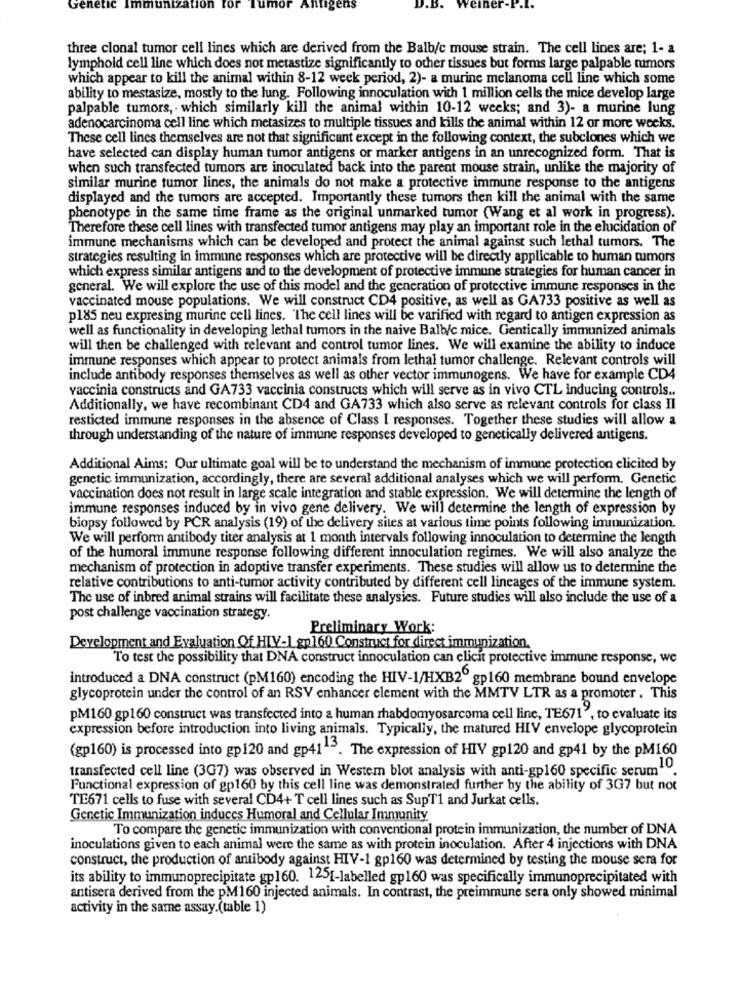
Genetic Im
niza
ion
tor
Weiner-P.I.
three clonal tumor cell lines which are derived from the Balb/c mouse strain. The cell lines are; 1- a
lymphold cell line which does not metastize significantly to other tissues but forms large palpable tumors
which appear to kill the animal within 8-12 week period, 2)- a murine melanoma cell line which some
ability to mestasize, mostly to the lung. Following innoculation with 1 million cells the mice develop large
palpable tumors, . which similarly kill the animal within 10-12 weeks; and 3)- a murine lung
adenocarcinoma cell line which metasizes to multiple tissues and kills the animal within 12 or more weeks.
These cell lines themselves are not that significant except in the following context, the subclones which we
have selected can display human tumor antigens or marker antigens in an unrecognized form. That is
when such transfected tumors are inoculated back into the parent mouse strain, unlike the majority of
similar murine tumor lines, the animals do not make a protective immune response to the antigens
displayed and the tumors are accepted. Importantly these tumors then kill the animal with the same
phenotype in the same time frame as the original unmarked tumor (Wang et al work in progress).
Therefore these cell lines with transfected tumor antigens may play an important role in the elucidation of
immune mechanisms which can be developed and protect the animal against such lethal tumors. The
strategies resulting in immune responses which are protective will be directly applicable to human tumors
which express similar antigens and to the development of protective immune strategies for human cancer in
general. We will explore the use of this model and the generation of protective immune responses in the
vaccinated mouse populations. We will construct CD4 positive, as well as GA733 positive as well as
p185 neu expresing murine cell lines. The cell lines will be varified with regard to antigen expression as
well as functionality in developing lethal tumors in the naive Balb/c mice. Gentically immunized animals
will then be challenged with relevant and control tumor lines. We will examine the ability to induce
immune responses which appear to protect animals from lethal tumor challenge. Relevant controls will
include antibody responses themselves as well as other vector immunogens. We have for example CD4
vaccinia constructs and GA733 vaccinia constructs which will serve as in vivo CTL inducing controls ..
Additionally, we have recombinant CD4 and GA733 which also serve as relevant controls for class II
resticted immune responses in the absence of Class I responses. Together these studies will allow a
through understanding of the nature of immune responses developed to genetically delivered antigens.
Additional Aims: Our ultimate goal will be to understand the mechanism of immune protection elicited by
genetic immunization, accordingly, there are several additional analyses which we will perform. Genetic
vaccination does not result in large scale integration and stable expression. We will determine the length of
immune responses induced by in vivo gene delivery. We will determine the length of expression by
biopsy followed by PCR analysis (19) of the delivery sites at various time points following immunization.
We will perform antibody titer analysis at 1 month intervals following innoculation to determine the length
of the humoral immune response following different innoculation regimes. We will also analyze the
mechanism of protection in adoptive transfer experiments. These studies will allow us to determine the
relative contributions to anti-tumor activity contributed by different cell lineages of the immune system.
The use of inbred animal strains will facilitate these analysies. Future studies will also include the use of a
post challenge vaccination strategy.
Preliminary Work:
Development and Evaluation Of HIV-1 gp160 Construct for direct immunization.
To test the possibility that DNA construct innoculation can elicit protective immune response, we
introduced a DNA construct (pM160) encoding the HIV-1/HXB2º gp160 membrane bound envelope
glycoprotein under the control of an RSV enhancer element with the MMTV LTR as a promoter . This
pM160 gp160 construct was transfected into a human rhabdomyosarcoma cell line, TE671", to evaluate its
expression before introduction into living animals. Typically, the matured HIV envelope glycoprotein
(gp160) is processed into gp120 and gp4115. The expression of HIV gp120 and gp41 by the pM160
transfected cell line (3G7) was observed in Western blot analysis with anti-gp160 specific serum10.
Functional expression of gp160 by this cell line was demonstrated further by the ability of 3G7 but not
TE671 cells to fuse with several CD4+ T cell lines such as SupT1 and Jurkat cells.
Genetic Immunization induces Humoral and Cellular Immunity
To compare the genetic immunization with conventional protein immunization, the number of DNA
inoculations given to each animal were the same as with protein inoculation. After 4 injections with DNA
construct, the production of antibody against HIV-1 gp160 was determined by testing the mouse sera for
its ability to immunoprecipitate gp160. 125[-labelled gp160 was specifically immunoprecipitated with
antisera derived from the pM160 injected animals. In contrast, the preimmune sera only showed minimal
activity in the same assay.(table 1)